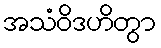
အသံဝိဒဟိတွာ